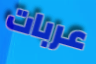
عربات